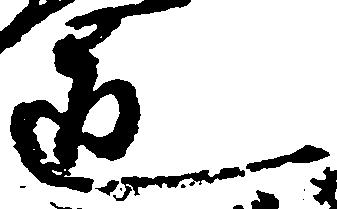
道